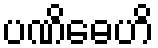
ပဏိဓေဟိ